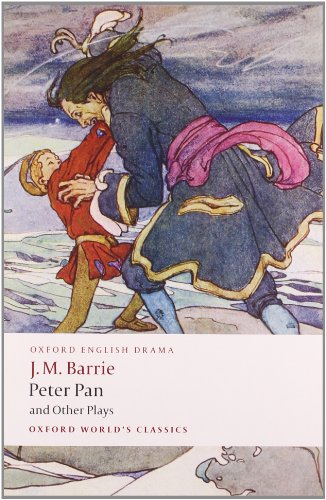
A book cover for Peter Pan and Other Plays: The Admirable Crichton; Peter Pan; When Wendy Grew Up; What Every Woman Knows; Mary Rose (Oxford World's Classics); J. M. Barrie; Literature & Fiction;